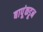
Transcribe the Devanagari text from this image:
बापूंकडून